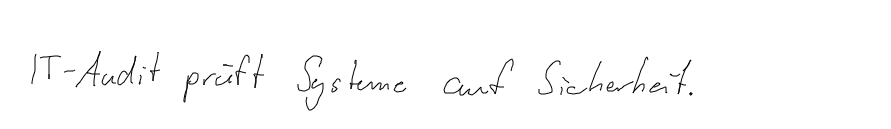
IT-Audit prüft Systeme auf Sicherheit.